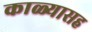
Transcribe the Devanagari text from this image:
काळ्यासह